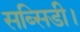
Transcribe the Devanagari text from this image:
सब्सिडी।